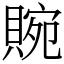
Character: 䝹